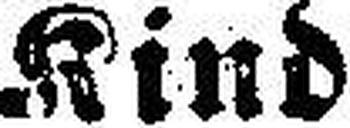
Kind